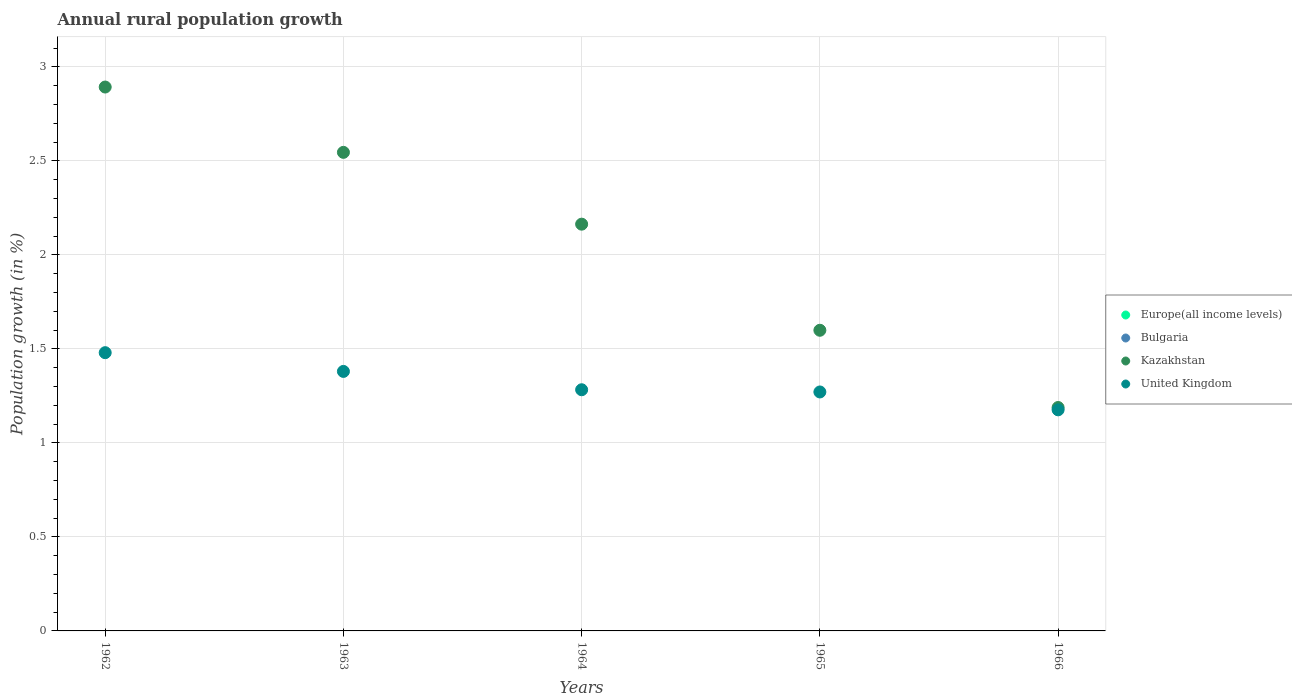
| Years | Europe(all income levels) | Bulgaria | Kazakhstan | United Kingdom |
 | --- | --- | --- | --- | --- |
 | 1962 | -0.055 | -1.96 | 2.89 | 1.48 |
 | 1963 | -0.136 | -2.15 | 2.55 | 1.38 |
 | 1964 | -0.178 | -2.27 | 2.16 | 1.28 |
 | 1965 | -0.264 | -2.48 | 1.6 | 1.27 |
 | 1966 | -0.425 | -2.11 | 1.19 | 1.18 |